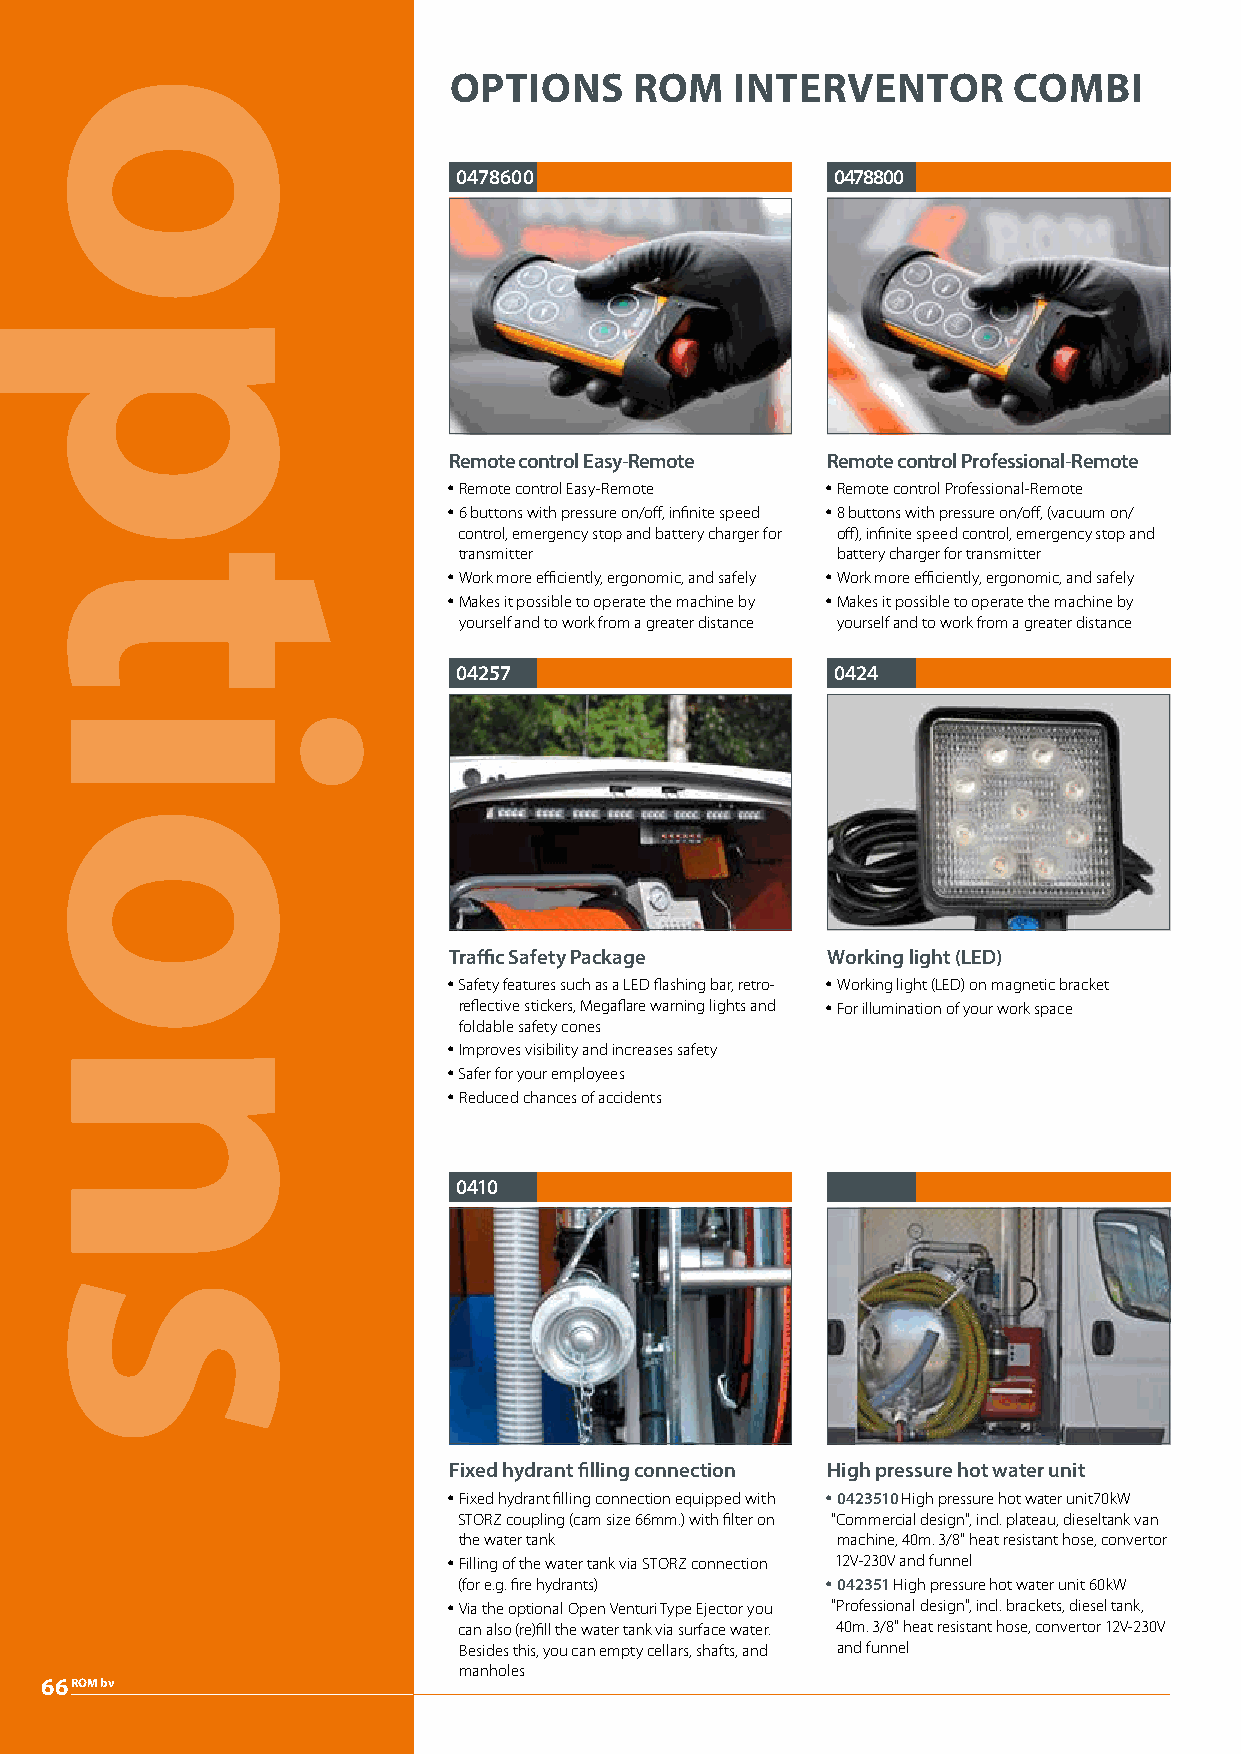
OPTIONS     ROM    INTERVENTOR       COMBI
 0478600                  0478800
 Remote control Easy-Remote Remote control Professional-Remote
 y Remote control Easy-Remote y Remote control Professional-Remote
 y 6 buttons with pressure on/off, infinite speed y 8 buttons with pressure on/off, (vacuum on/
 control, emergency stop and battery charger for off), infinite speed control, emergency stop and
 transmitter              battery charger for transmitter
 y Work more efficiently, ergonomic, and safely y Work more efficiently, ergonomic, and safely
 y Makes it possible to operate the machine by y Makes it possible to operate the machine by
 yourself and to work from a greater distance yourself and to work from a greater distance
 04257                    0424
 Traffic Safety Package   Working light (LED)
 y Safety features such as a LED flashing bar, retro- y Working light (LED) on magnetic bracket
 reflective stickers, Megaflare warning lights and y For illumination of your work space
 foldable safety cones
 y Improves visibility and increases safety
 y Safer for your employees
 y Reduced chances of accidents
 0410
 Fixed hydrant filling connection High pressure hot water unit
 y Fixed hydrant filling connection equipped with y 0423510 High pressure hot water unit70kW
 STORZ coupling (cam size 66mm.) with filter on "Commercial design", incl. plateau, dieseltank van
 the water tank           machine, 40m. 3/8" heat resistant hose, convertor
 y Filling of the water tank via STORZ connection 12V-230V and funnel
 (for e.g. fire hydrants) y 042351 High pressure hot water unit 60kW
 y Via the optional Open Venturi Type Ejector you "Professional design", incl. brackets, diesel tank,
 can also (re)fill the water tank via surface water. 40m. 3/8" heat resistant hose, convertor 12V-230V
 Besides this, you can empty cellars, shafts, and and funnel
 manholes
 66ROM bv
 options